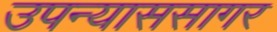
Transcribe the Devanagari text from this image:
उपन्याससागर